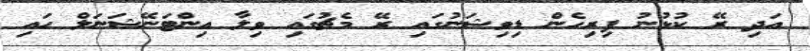
އަދި ރޭ ކުޅުނު ފިރިހެން ޑިވިޝަނުގައި ރޭ މެޗުގައި ވިލާ އިންޓަނޭޝަނަލް ހައި